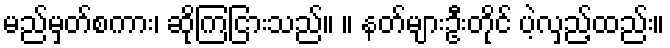
မည်မှတ်စကား၊ ဆိုကြငြားသည်။ ။ နတ်များဦးတိုင် ပဲ့လှည့်ထည်း။